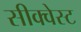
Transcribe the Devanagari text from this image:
सीक्वेस्ट